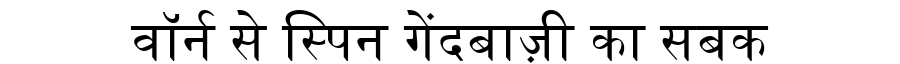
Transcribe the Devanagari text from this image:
वॉर्न से स्पिन गेंदबाज़ी का सबक